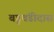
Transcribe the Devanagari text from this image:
बडुचंडीदास